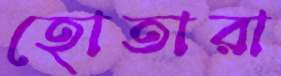
হোতারা